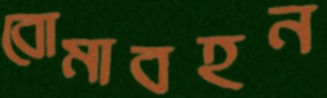
বোমাবহন